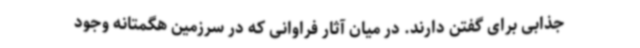
جذابی برای گفتن دارند. در میان آثار فراوانی که در سرزمین هگمتانه وجود